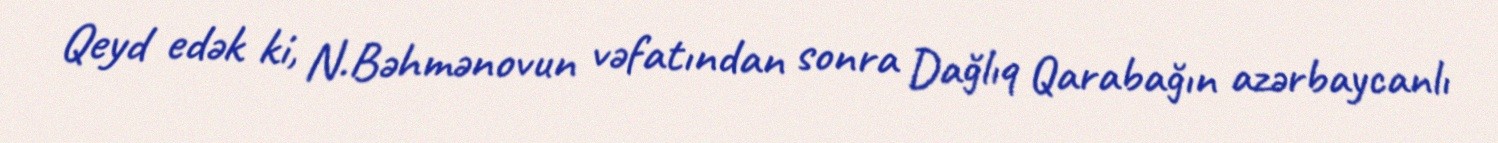
Qeyd edək ki, N.Bəhmənovun vəfatından sonra Dağlıq Qarabağın azərbaycanlı